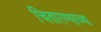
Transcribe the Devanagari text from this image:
चितारण्याच्या